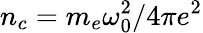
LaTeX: n_{c}=m_{e}\omega_{0}^{2}/4\pi e^{2}